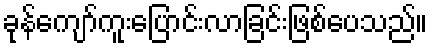
ခုန်ကျော်ကူးပြောင်းလာခြင်းဖြစ်ပေသည်။